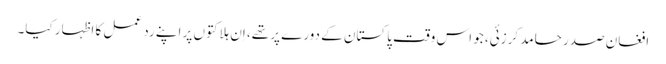
افغان صدر حامد کرزئی، جو اس وقت پاکستان کے دورے پر تھے، اِن ہلاکتوں پر اپنے ردِ عمل کا اظہار کیا۔